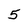
Character: 5